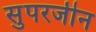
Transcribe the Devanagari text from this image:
सुपरजीन